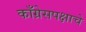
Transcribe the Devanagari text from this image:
काँग्रेसपक्षाचे